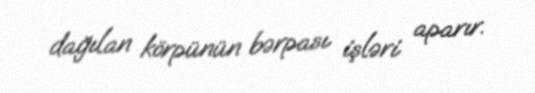
dağılan körpünün bərpası işləri aparır.